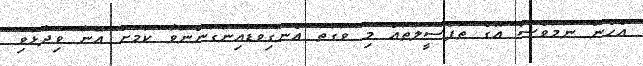
އެހެން ނަމަވެސް އޭގެ ތަފްސީލުތައް މި ވަގުތު އެނގިވަޑައިނުގަންނަވާ ކަމަށް އޭނާ ވިދާޅުވި